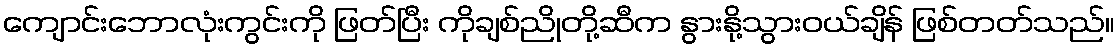
ကျောင်းဘောလုံးကွင်းကို ဖြတ်ပြီး ကိုချစ်ညိုတို့ဆီက နွားနို့သွားဝယ်ချိန် ဖြစ်တတ်သည်။